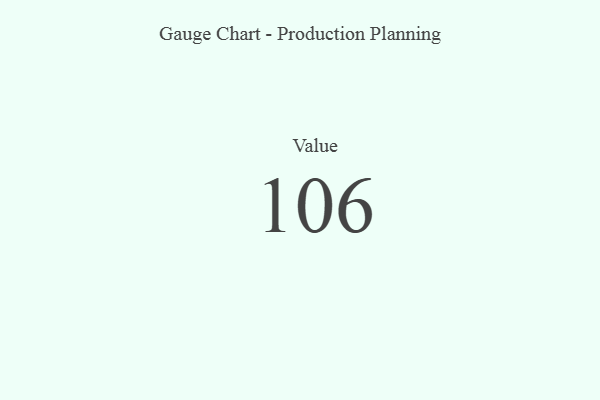
{"axis": {"x": "Metric", "y": "Value"}, "legend": [""], "data": [{"x": "Value", "y": 106, "type": ""}]}